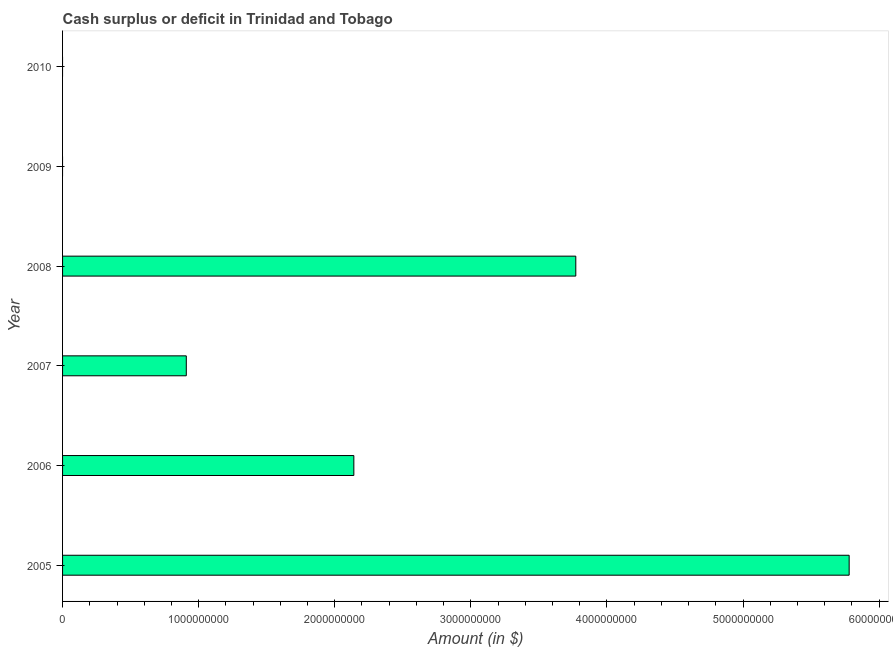
| Year | Cash surplus or deficit |
 | --- | --- |
 | 2005 | 5.78e+09 |
 | 2006 | 2.14e+09 |
 | 2007 | 9.09e+08 |
 | 2008 | 3.77e+09 |
 | 2009 | -6.01e+09 |
 | 2010 | -2.09e+09 |